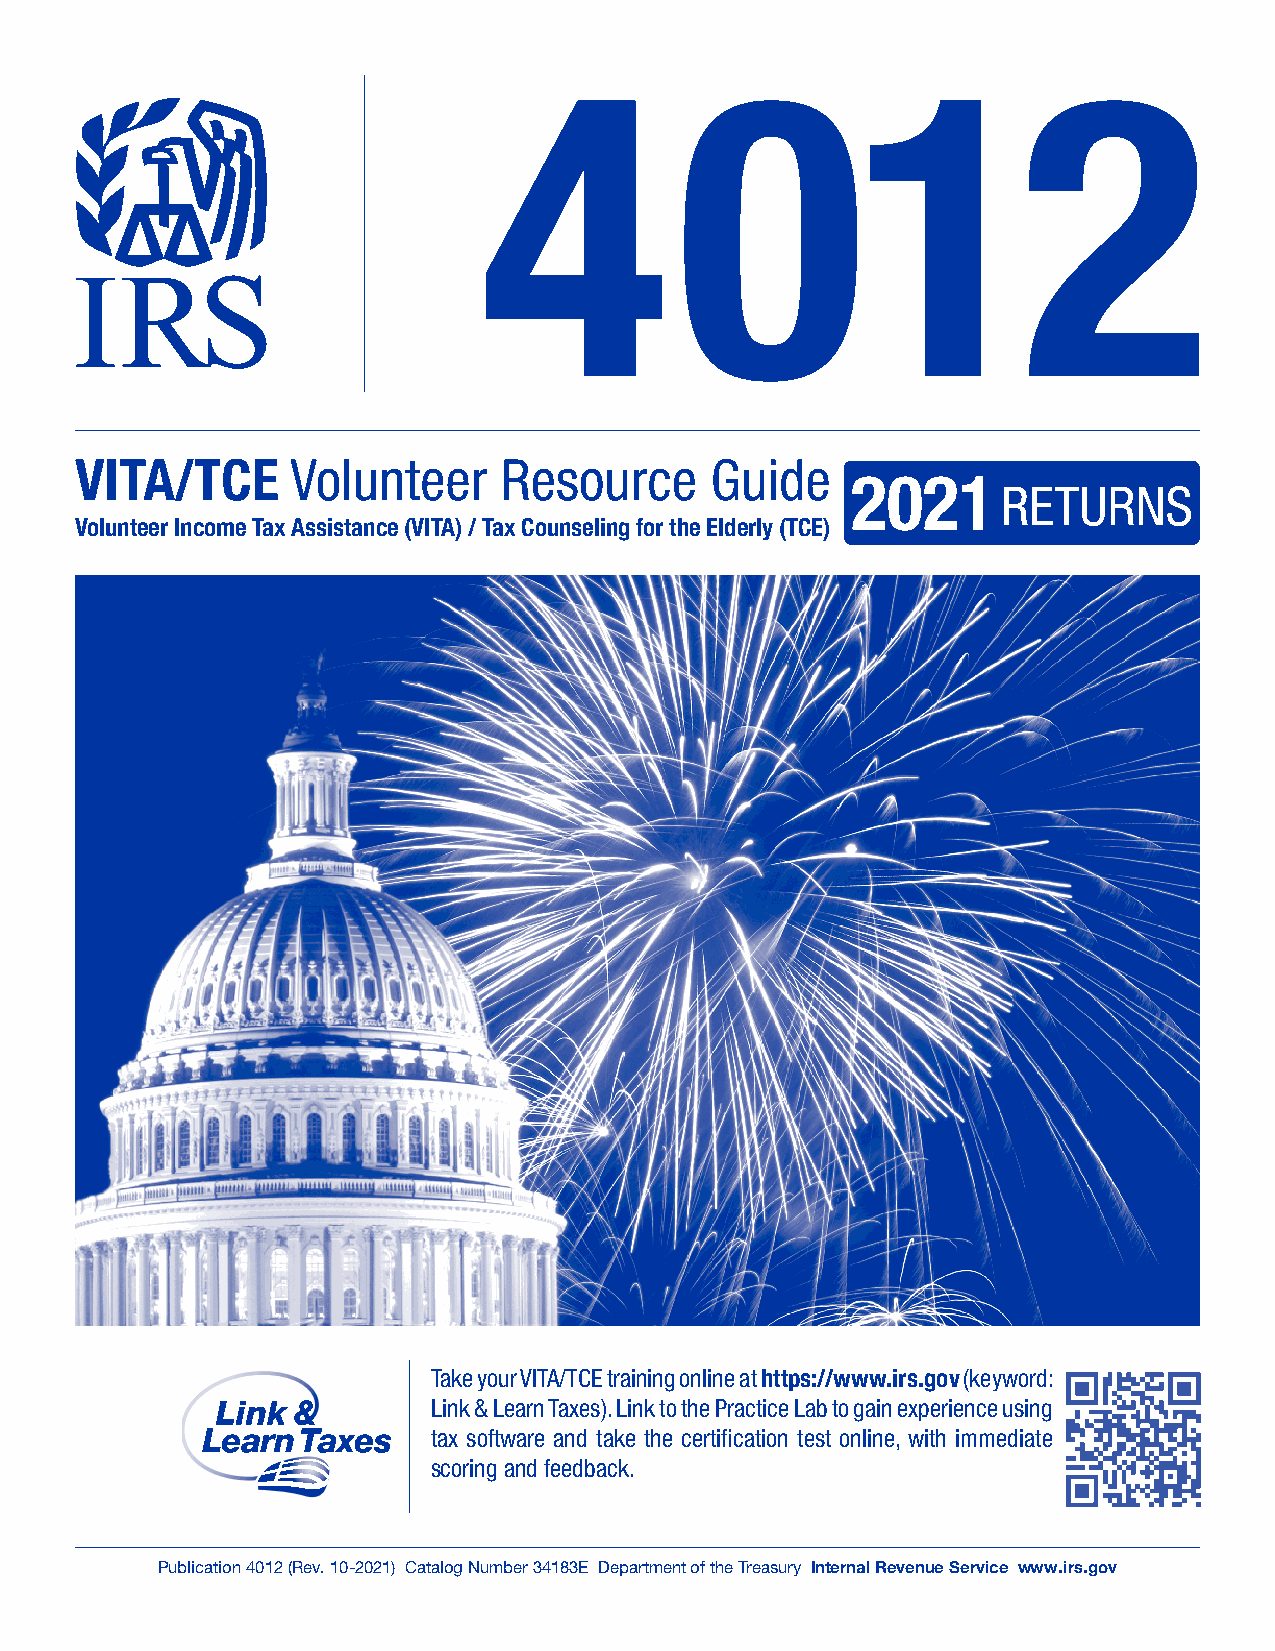
4            012
 VITA/TCE      Volunteer     Resource      Guide
 2021
 RETURNS
 Volunteer Income Tax Assistance (VITA) / Tax Counseling for the Elderly (TCE)
 Take your VITA/TCE training online at https://www.irs.gov (keyword:
 Link & Learn Taxes). Link to the Practice Lab to gain experience using
 tax software and take the certification test online, with immediate
 scoring and feedback.
 Publication 4012 (Rev. 10-2021) Catalog Number 34183E Department of the Treasury Internal Revenue Service www.irs.gov